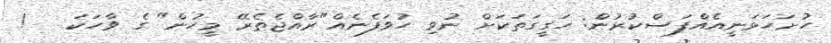
ހުށަހަޅަނީއެއްފަސްކުރުން: ހަގީގަތަކަށް ނުވި ހުވަފެނެއް"ރާއްޖެތެރޭ މީހުން" ގެ ވާހަކަ   !